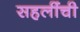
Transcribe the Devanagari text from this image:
सहलींची